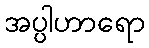
အပ္ပါဟာရော